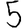
Digit: 5